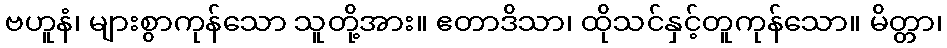
ဗဟူနံ၊ များစွာကုန်သော သူတို့အား။ ဧတာဒိသာ၊ ထိုသင်နှင့်တူကုန်သော။ မိတ္တာ၊